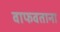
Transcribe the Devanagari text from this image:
वाफवताना